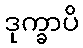
ဒုက္ခာပိ